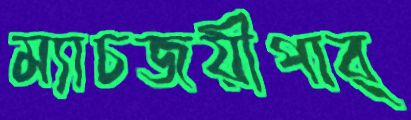
ম্যাচজয়ীপার্